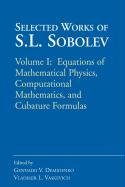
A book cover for Adalat in the Asian Pacific Region; Medical Books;